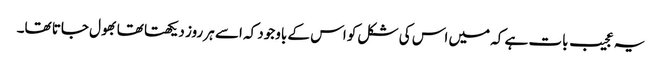
یہ عجیب بات ہے کہ میں اس کی شکل کو اس کے باوجود کہ اسے ہر روز دیکھتا تھا بھول جاتا تھا۔